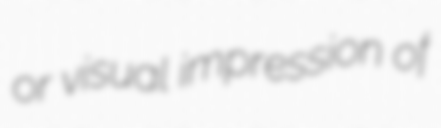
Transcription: or visual impression of